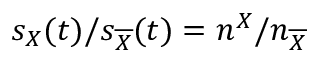
s _ { X } ( t ) / s _ { \overline { { X } } } ( t ) = n ^ { X } / n _ { \overline { { X } } }